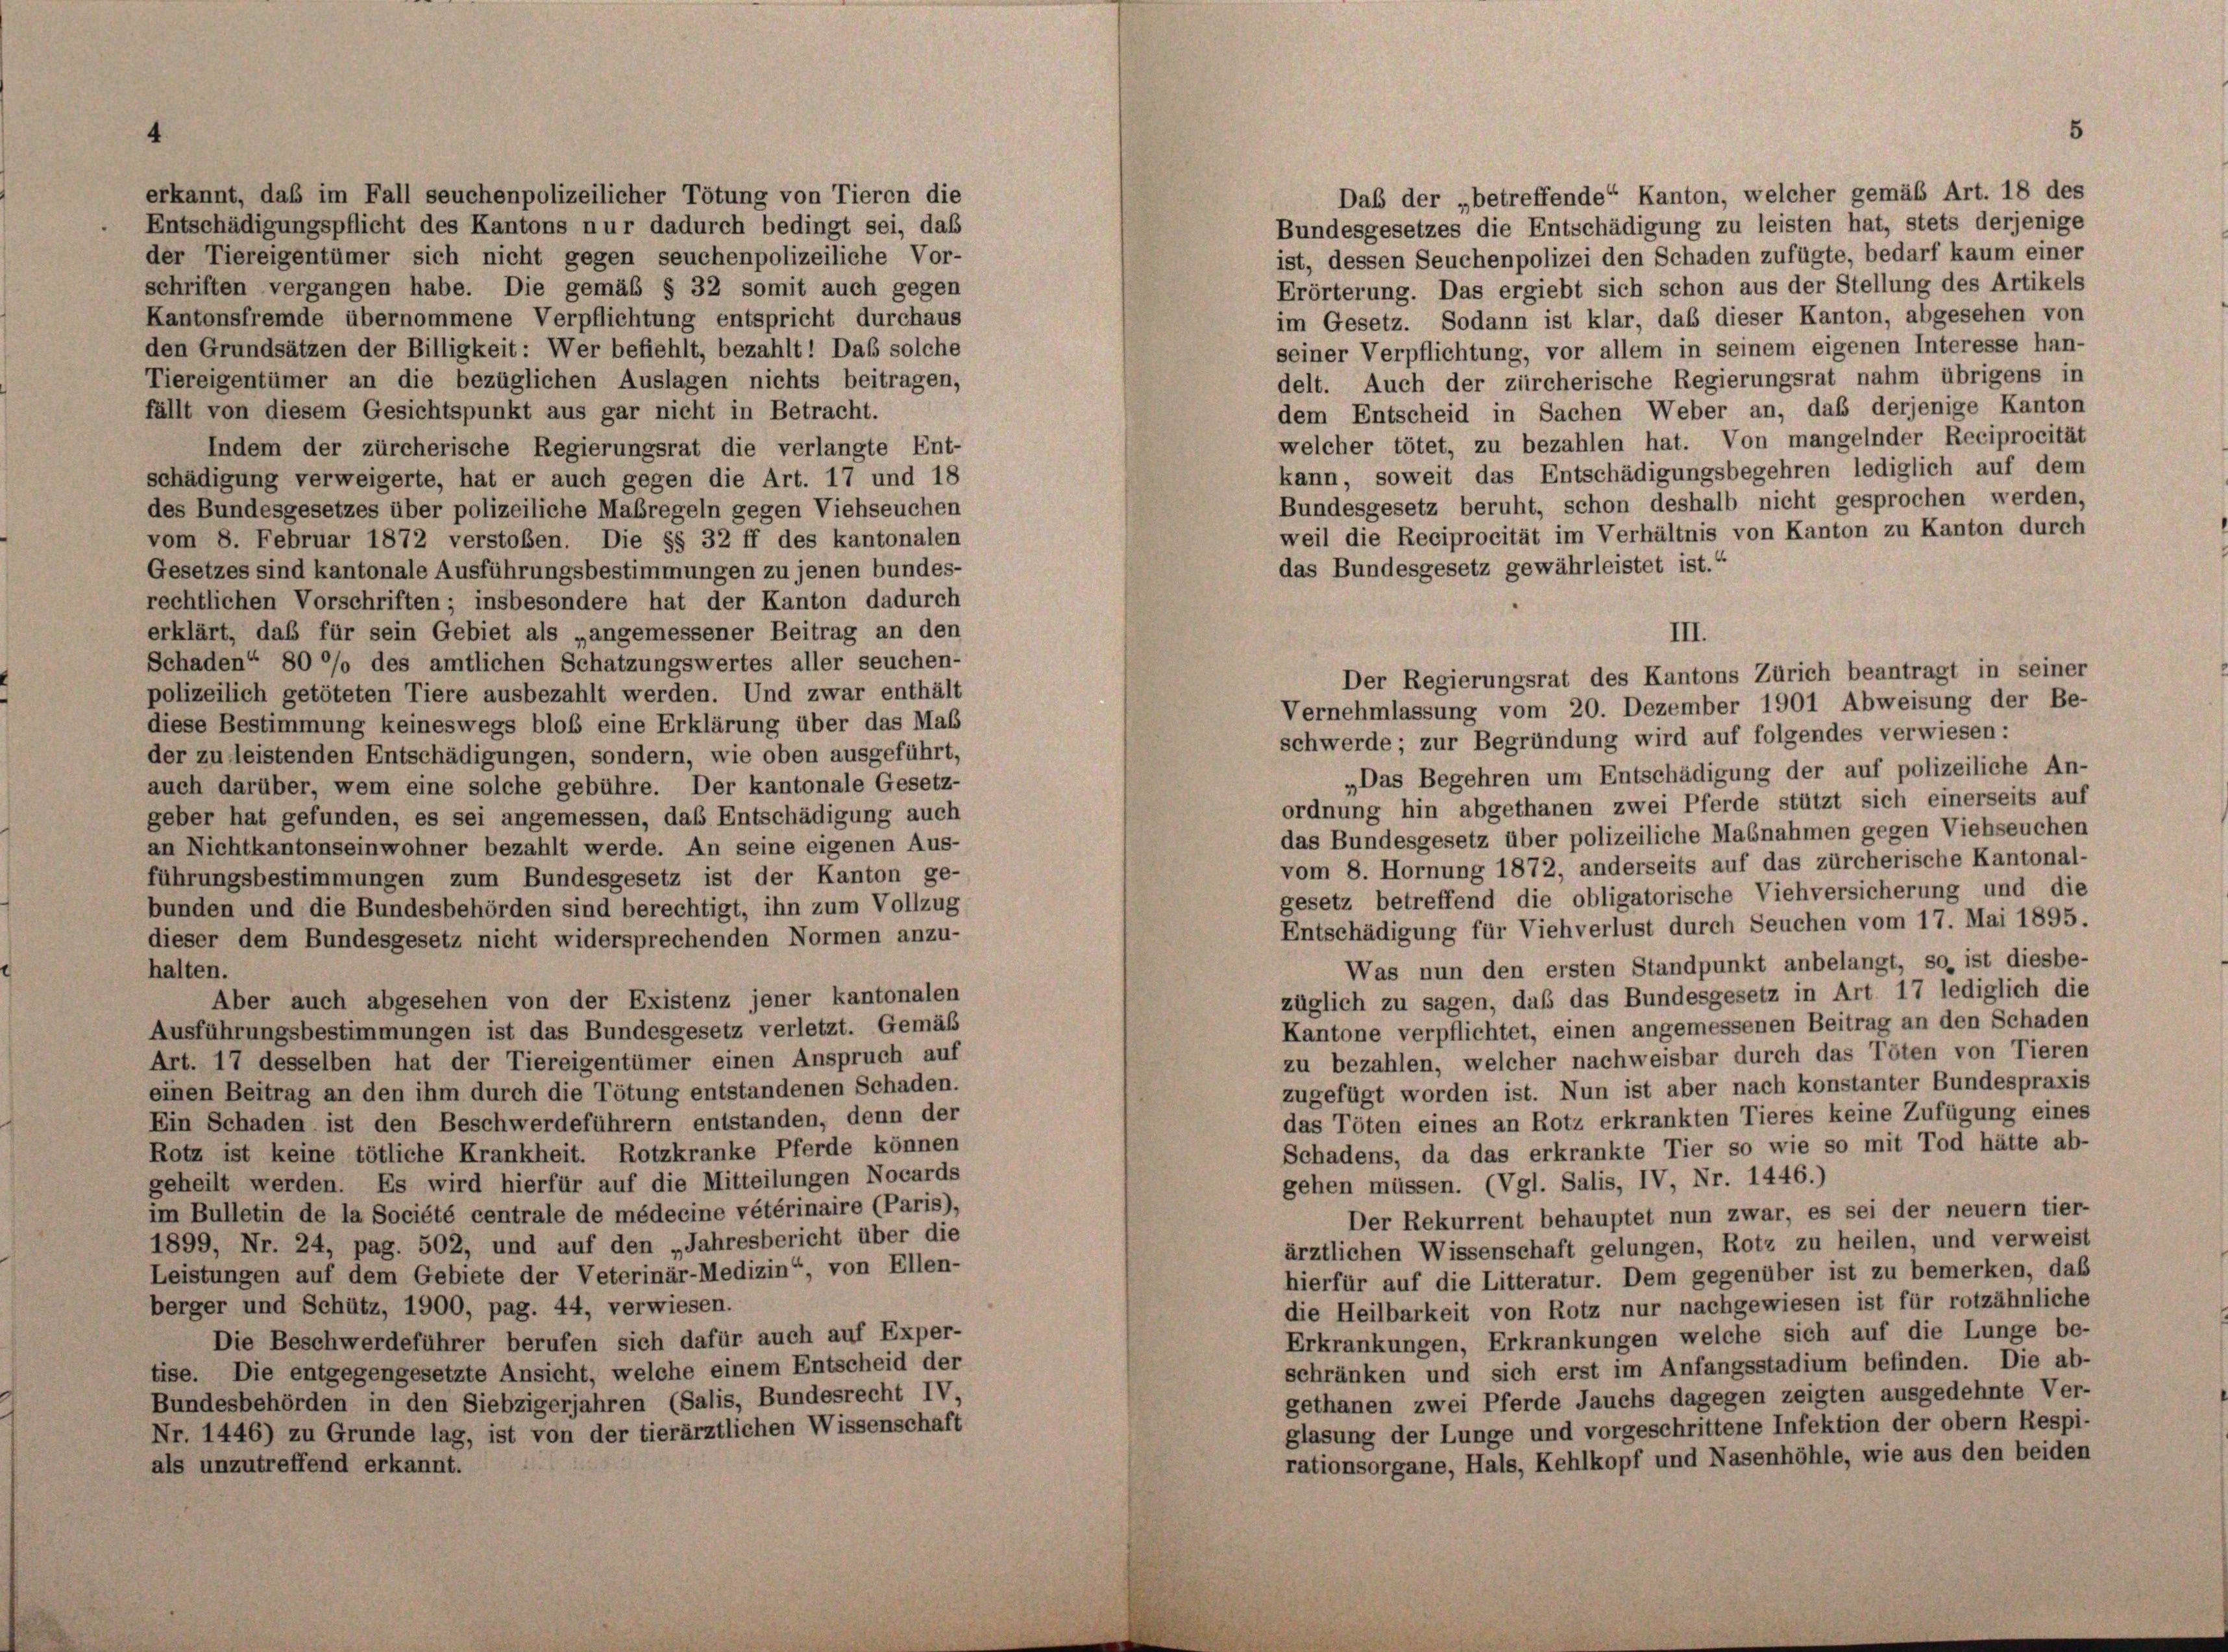
erkannt, daß im Fall seuchenpolizeilicher Tötung von Tieren die
Entschädigungspflicht des Kantons nur dadurch bedingt sei, daß
der Tiereigentümer sich nicht gegen seuchenpolizeiliche Vor-
schriften vergangen habe. Die gemäß § 32 somit auch gegen
im Gesetz. Sodann ist klar, daß dieser Kanton, abgesehen von
Kantonsfremde übernommene Verpflichtung entspricht durchaus
den Grundsätzen der Billigkeit: Wer befiehlt, bezahlt! Das solche
seiner Verpflichtung, vor allem in seinem eigenen Interesse han-
Tiereigentümer an die bezüglichen Auslagen nichts beitragen,
delt. Auch der zürcherische Regierungsrat nahm übrigens in
dem Entscheid in Sachen Weber an, daß derjenige Kanton
fällt von diesem Gesichtspunkt aus gar nicht in Betracht.
Indem der zürcherische Regierungsrat die verlangte Ent-
schädigung verweigerte, hat er auch gegen die Art. 17 und 18
des Bundesgesetzes über polizeiliche Maßregeln gegen Viehseuchen
vom 8. Februar 1872 verstoßen. Die §§ 32 ff des kantonalen
Gesetzes sind kantonale Ausführungsbestimmungen zu jenen bundes-
rechtlichen Vorschriften; insbesondere hat der Kanton dadurch
erklärt, daß für sein Gebiet als „angemessener Beitrag an den
Schaden“ 80 °/o des amtlichen Schatzungswertes aller seuchen-
polizeilich getöteten Tiere ausbezahlt werden. Und zwar enthält
diese Bestimmung keineswegs bloß eine Erklärung über das Maß
schwerde; zur Begründung wird auf folgendes verwiesen:
der zu leistenden Entschädigungen, sondern, wie oben ausgeführt,
„Das Begehren um Entschädigung der auf polizeiliche An-
auch darüber, wem eine solche gebühre. Der kantonale Gesetz-
ordnung hin abgethanen zwei Pferde stützt sich einerseits auf
geber hat gefunden, es sei angemessen, das Entschädigung auch
das Bundesgesetz über polizeiliche Mabnahmen gegen Viehseuchen
an Nichtkantonseinwohner bezahlt werde. An seine eigenen Aus-
vom 8. Hornung 1872, anderseits auf das zürcherische Kantonal-
führungsbestimmungen zum Bundesgesetz ist der Kanton ge-
gesetz betreffend die obligatorische Viehversicherung und die
bunden und die Bundesbehörden sind berechtigt, ihn zum Vollzug
Entschädigung für Viehverlust durch Seuchen vom 17. Mai 1895.
dieser dem Bundesgesetz nicht widersprechenden Normen anzu-
Was nun den ersten Standpunkt anbelangt, so ist diesbe-
halten.
züglich zu sagen, daß das Bundesgesetz in Art 17 lediglich die
Aber auch abgesehen von der Existenz jener kantonalen
Kantone verpflichtet, einen angemessenen Beitrag an den Schaden
Ausführungsbestimmungen ist das Bundesgesetz verletzt. Gemäß
zu bezahlen, welcher nachweisbar durch das Töten von Tieren
Art. 17 desselben hat der Tiereigentümer einen Anspruch auf
zugefügt worden ist. Nun ist aber nach konstanter Bundespraxis
einen Beitrag an den ihm durch die Tötung entstandenen Schaden.
das Töten eines an Rotz erkrankten Tieres keine Zufügung eines
Ein Schaden ist den Beschwerdeführern entstanden, denn der
Schadens, da das erkrankte Tier so wie so mit Tod hätte ab-
Rotz ist keine tötliche Krankheit. Rotzkranke Pferde können
geheilt werden. Es wird hierfür auf die Mitteilungen Nocards
gehen müssen. (Vgl. Salis, IV, Nr. 1446.)
im Bulletin de la Société centrale de médecine vétérinaire (Paris),
Der Rekurrent behauptet nun zwar, es sei der neuern tier-
1899, Nr. 24, pag. 502, und auf den „Jahresbericht über die
ärztlichen Wissenschaft gelungen, Rotz zu heilen, und verweist
Leistungen auf dem Gebiete der Veterinär-Medizin“, von Ellen-
hierfür auf die Litteratur. Dem gegenüber ist zu bemerken, daß
berger und Schütz, 1900, pag. 44, verwiesen.
die Heilbarkeit von Rotz nur nachgewiesen ist für rotzähnliche
Erkrankungen, Erkrankungen welche sich auf die Lunge be-
Die Beschwerdeführer berufen sich dafür auch auf Exper-
schränken und sich erst im Anfangsstadium befinden. Die ab-
tise. Die entgegengesetzte Ansicht, welche einem Entscheid der
gethanen zwei Pferde Jauchs dagegen zeigten ausgedehnte Ver-
Bundesbehörden in den Siebzigerjahren (Salis, Bundesrecht IV,
glasung der Lunge und vorgeschrittene Infektion der obern Respi-
Nr. 1446) zu Grunde lag, ist von der tierärztlichen Wissenschaft
rationsorgane, Hals, Kehlkopf und Nasenhöhle, wie aus den beiden
als unzutreffend erkannt.

welcher tötet, zu bezahlen hat. Von mangelnder Reciprocität
kann, soweit das Entschädigungsbegehren lediglich auf dem
Bundesgesetz beruht, schon deshalb nicht gesprochen werden,
weil die Reciprocität im Verhältnis von Kanton zu Kanton durch
das Bundesgesetz gewährleistet ist.“
III.
Der Regierungsrat des Kantons Zürich beantragt in seiner
Vernehmlassung vom 20. Dezember 1901 Abweisung der Be-

Daß der „betreffende“ Kanton, welcher gemäß Art. 18 des
Bundesgesetzes die Entschädigung zu leisten hat, stets derjenige
ist, dessen Seuchenpolizei den Schaden zufügte, bedarf kaum einer
Erörterung. Das ergiebt sich schon aus der Stellung des Artikels